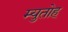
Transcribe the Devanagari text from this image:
म्युतोह